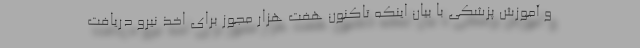
و آموزش پزشکی با بیان اینکه تاکنون هفت هزار مجوز برای اخذ نیرو دریافت